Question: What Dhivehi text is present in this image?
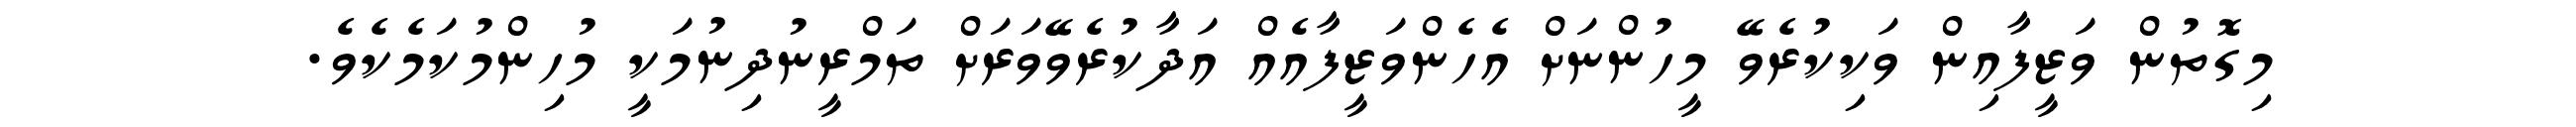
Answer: މިގޮތުން ވަޒީފާއިން ވަކިކުރެވޭ މީހުންނަށް އެހެންވަޒީފާއެއް އަދާކުރެވޭވަރަށް ތަމްރީނުދިނުމަކީ މުހިންމުކަމެކެވެ.